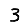
Digit: 3